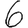
Digit: 6